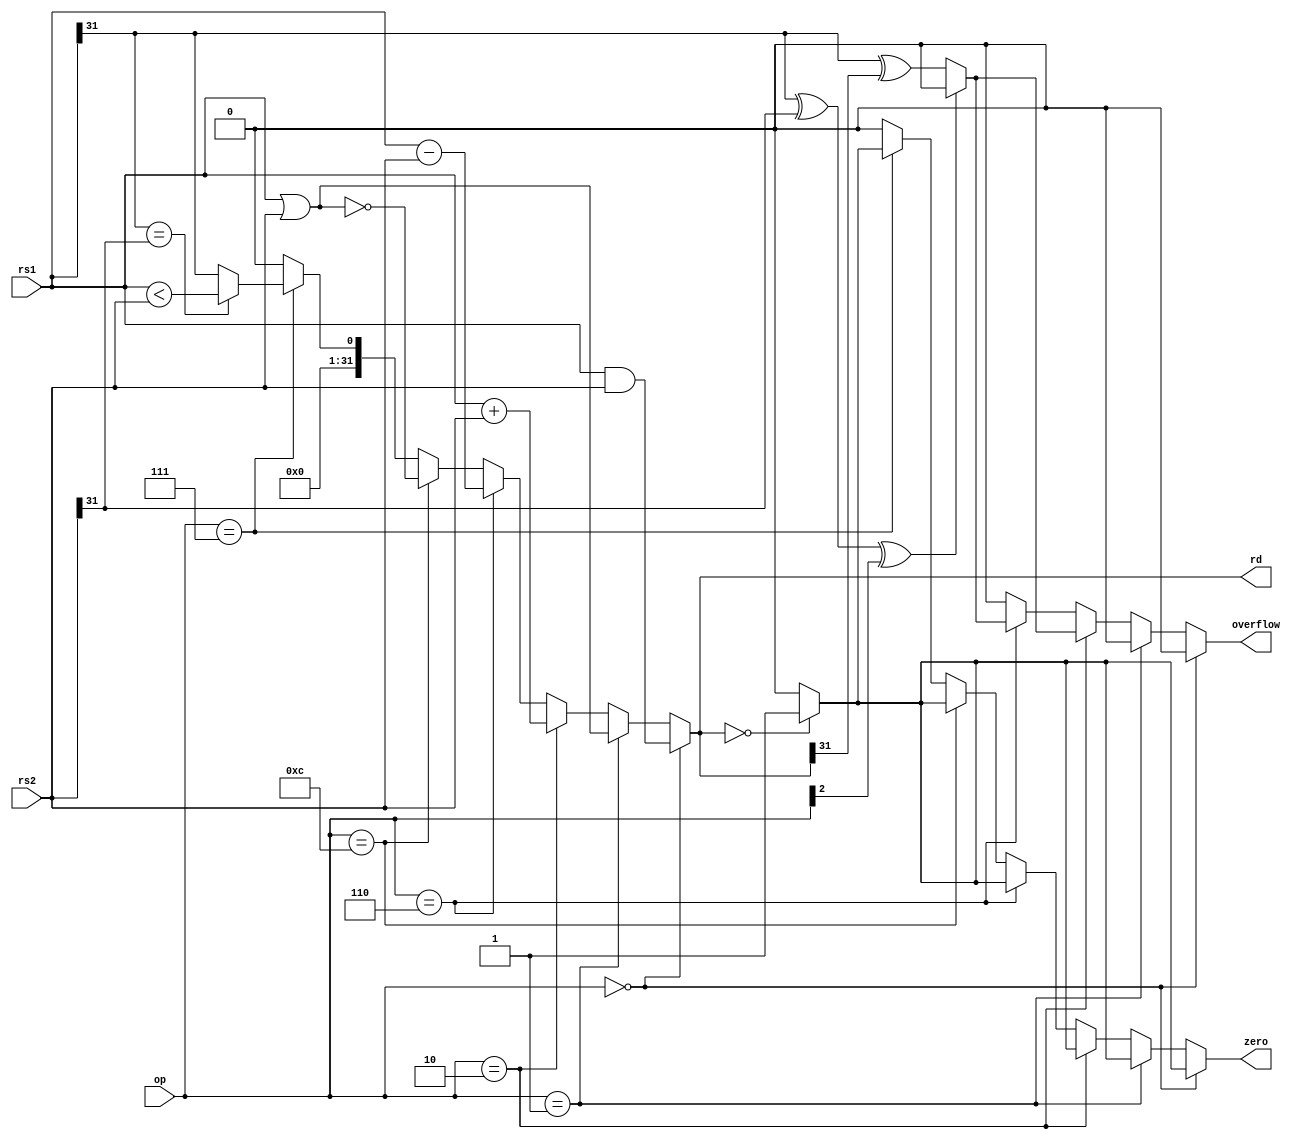
/*`define AN_D 4'b0000
`define O_R 4'b0001
`define ADD 4'b0010
`define SUB 4'b0110
`define NO_R 4'b1100
`define SLT 4'b0111 */

module alu #(parameter DWIDTH = 32)
(
  input [3 : 0] op, // Operation to perform.
  input  [DWIDTH-1 : 0] rs1, // Input data #1.
  input  [DWIDTH-1 : 0] rs2, // Input data #2.
  output  [DWIDTH-1 : 0] rd, // Result of computation.
  output zero, // zero = 1 if rd is 0, 0 otherwise.
  output overflow // overflow = 1 if overflow happens.
);

reg [DWIDTH-1 : 0] rd_t;
reg zero_t;
reg overflow_t;

initial begin
	rd_t = 32'b0;
	zero_t = 1'b0;
	overflow_t = 1'b0;
end


/*caculate rd*/
always @(*) begin 
	if(op == 4'b0000) rd_t = rs1 & rs2;//AND
 	else if(op == 4'b0001) rd_t = rs1 | rs2;//OR
 	else if(op == 4'b0010) rd_t = rs1 + rs2;//ADD
 	else if(op == 4'b0110) rd_t = rs1 - rs2;//SUB
 	else if(op == 4'b1100) rd_t = ~(rs1 | rs2);//NOR
 	else if (op == 4'b0111)begin//SLT
 	  rd_t = (rs1[DWIDTH-1]==rs2[DWIDTH-1])?(rs1<rs2):rs1[DWIDTH-1];
 	end
 	else rd_t = 32'b0;
end

/*caculate zero and overflow*/
always @(*) begin
if(op == 4'b0000) begin//AND
	zero_t = (rd_t==32'b0)? 1'b1 : 1'b0;
	overflow_t = 1'b0;
end else if(op == 4'b0001) begin//OR
	zero_t = (rd_t==32'b0)? 1'b1 : 1'b0;
	overflow_t = 1'b0;
end else if(op == 4'b0010) begin//ADD
	zero_t = (rd_t==32'b0)? 1'b1 : 1'b0;
	overflow_t = (rs1[31]^rs2[31]^op[2])? 1'b0:(rs1[31] ^ rd[31]);
end else if(op == 4'b0110) begin//SUB
	zero_t = (rd_t==32'b0)? 1'b1 : 1'b0;
	overflow_t = (rs1[31]^rs2[31]^op[2])? 1'b0:(rs1[31] ^ rd[31]);
end else if(op == 4'b1100) begin//NOR
	zero_t = (rd_t==32'b0)? 1'b1 : 1'b0;
	overflow_t = 1'b0;
end else if (op == 4'b0111) begin//SLT
	zero_t = (rd_t==32'b0)? 1'b1 : 1'b0;
	overflow_t = 1'b0;
end else begin
	zero_t = 1'b0;
	overflow_t = 1'b0;
 end
end

assign overflow = overflow_t;
assign zero = zero_t;
assign rd = rd_t;

endmodule